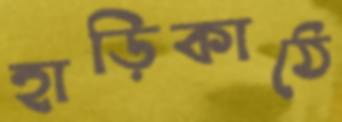
হাড়িকাঠে